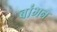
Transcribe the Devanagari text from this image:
बांभन